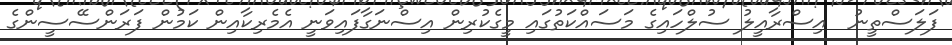
ފަލަސްތީނު  އިސްރާއީލު ސުލްހައިގެ މަސައްކަތުގައި މީގެކުރިން އިސްނަގާފައިވަނީ އެމެރިކާއިން ކަމުން ފަރަންސޭސީންގެ